Civil Veterinary Department. Central Provinces & Berar 1925-31 - 1925-1931
Year: 1925
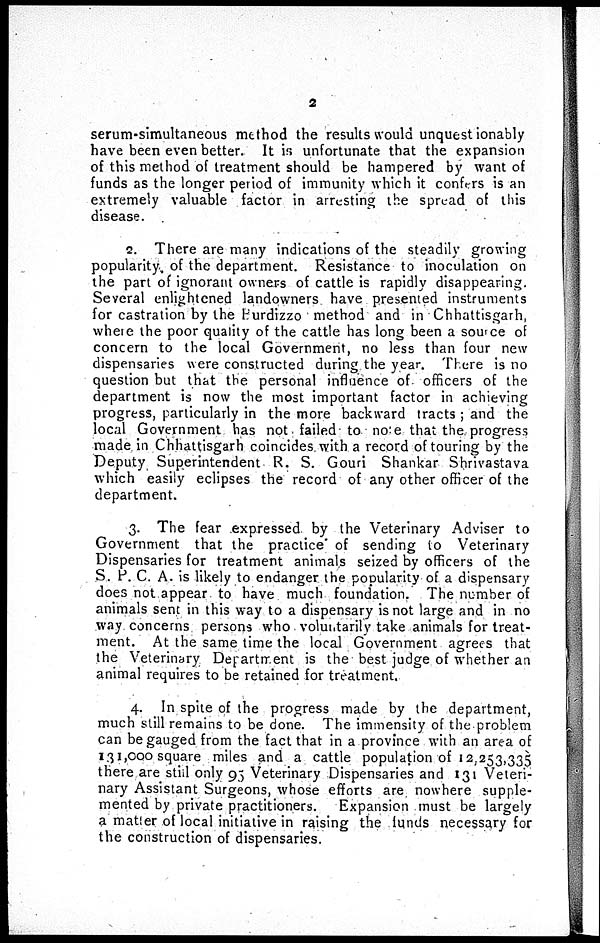
2
serum-simultaneous method the results would unquest ionably
have been even better. It is unfortunate that the expansion
of this method of treatment should be hampered by want of
funds as the longer period of immunity which it confers is an
extremely valuable factor in arresting the spread of this
disease.
2. There are many indications of the steadily growing
popularity of the department. Resistance to inoculation on
the part of ignorant owners of cattle is rapidly disappearing.
Several enlightened landowners have presented instruments
for castration by the Burdizzo method and in Chhattisgarh,
where the poor quality of the cattle has long been a source of
concern to the local Government, no less than four new
dispensaries were constructed during the year. There is no
question but that the personal influence of officers of the
department is now the most important factor in achieving
progress, particularly in the more backward tracts; and the
local Government has not failed to note that the progress
made in Chhattisgarh coincides with a record of touring by the
Deputy Superintendent R. S. Gouri Shankar Shrivastava
which easily eclipses the record of any other officer of the
department.
3. The fear expressed by the Veterinary Adviser to
Government that the practice of sending to Veterinary
Dispensaries for treatment animals seized by officers of the
S. P. C. A. is likely to endanger the popularity of a dispensary
does not appear to have much foundation. The number of
animals sent in this way to a dispensary is not large and in no
way concerns persons who voluntarily take animals for treat-
ment. At the same time the local Government agrees that
the Veterinary Department is the best judge of whether an
animal requires to be retained for treatment.
4. In spite of the progress made by the department,
much still remains to be done. The immensity of the problem
can be gauged from the fact that in a province with an area of
131,000 square miles and a cattle population of 12,253,335
there are still only 93 Veterinary Dispensaries and 131 Veteri-
nary Assistant Surgeons, whose efforts are nowhere supple-
mented by private practitioners. Expansion must be largely
a matter of local initiative in raising the funds necessary for
the construction of dispensaries.